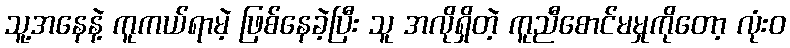
သူ့အနေနဲ့ ကူကယ်ရာမဲ့ ဖြစ်နေခဲ့ပြီး သူ အလိုရှိတဲ့ ကူညီစောင်မမှုကိုတော့ လုံးဝ